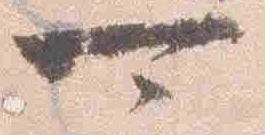
可